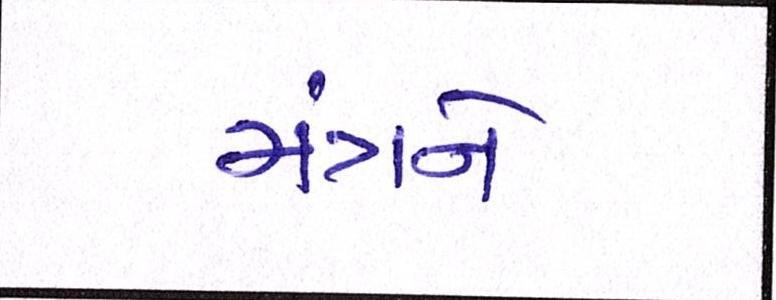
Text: મંત્રને